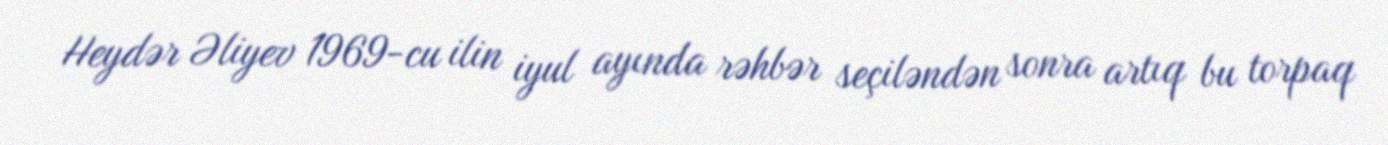
Heydər Əliyev 1969-cu ilin iyul ayında rəhbər seçiləndən sonra artıq bu torpaq